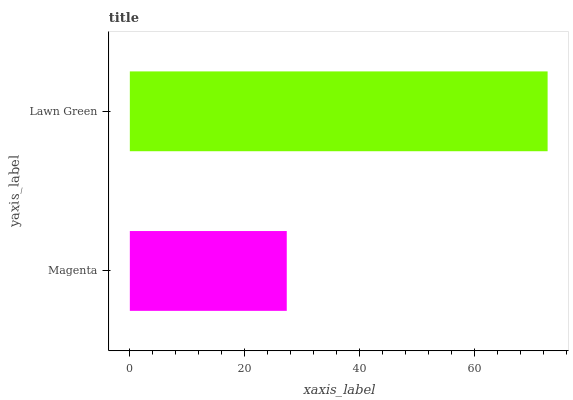
| yaxis_label | bars |
 | --- | --- |
 | Magenta | 27.3 |
 | Lawn Green | 72.8 |